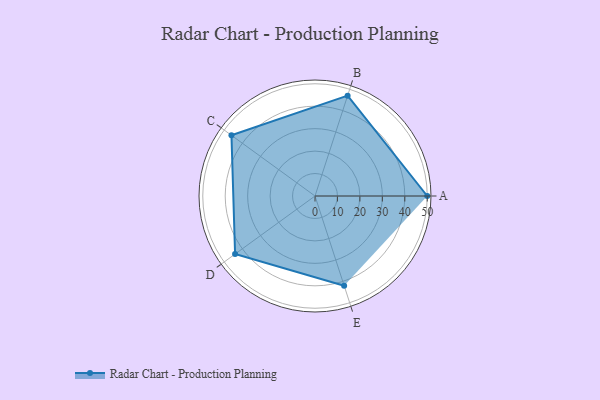
{"axis": {"x": "Skill", "y": "Score"}, "legend": ["Profile"], "data": [{"x": "A", "y": 50.0, "type": "Profile"}, {"x": "B", "y": 47.0, "type": "Profile"}, {"x": "C", "y": 46.0, "type": "Profile"}, {"x": "D", "y": 44.0, "type": "Profile"}, {"x": "E", "y": 42.0, "type": "Profile"}]}